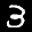
Label: 3